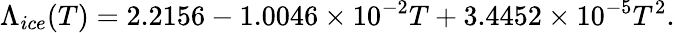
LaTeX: \Lambda_{ice}(T)=2.2156-1.0046\times 10^{-2}T+3.4452\times 10^{-5}T^{2}.